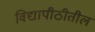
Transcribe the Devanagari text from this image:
विद्यापीठीतील